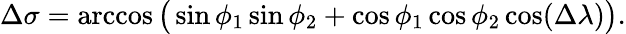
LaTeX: \Delta\sigma=\operatorname{arccos}{\bigl(}\sin\phi_{1}\sin\phi_{2}+\cos\phi_{1}\cos\phi_{2}\cos(\Delta\lambda){\bigr)}.